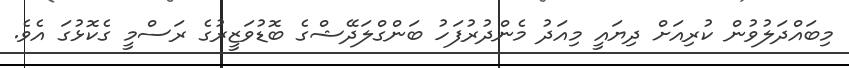
މިބައްދަލުވުން ކުރިއަށް ދިޔައީ މިއަދު މެންދުރުފަހު ބަންގްލަދޭޝްގެ ބޮޑުވަޒީރުގެ ރަސްމީ ގެކޮޅުގަ އެވެ.